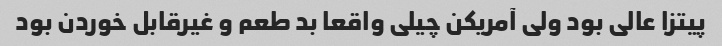
پیتزا عالی بود ولی آمریکن چیلی واقعا بد طعم و غیرقابل خوردن بود